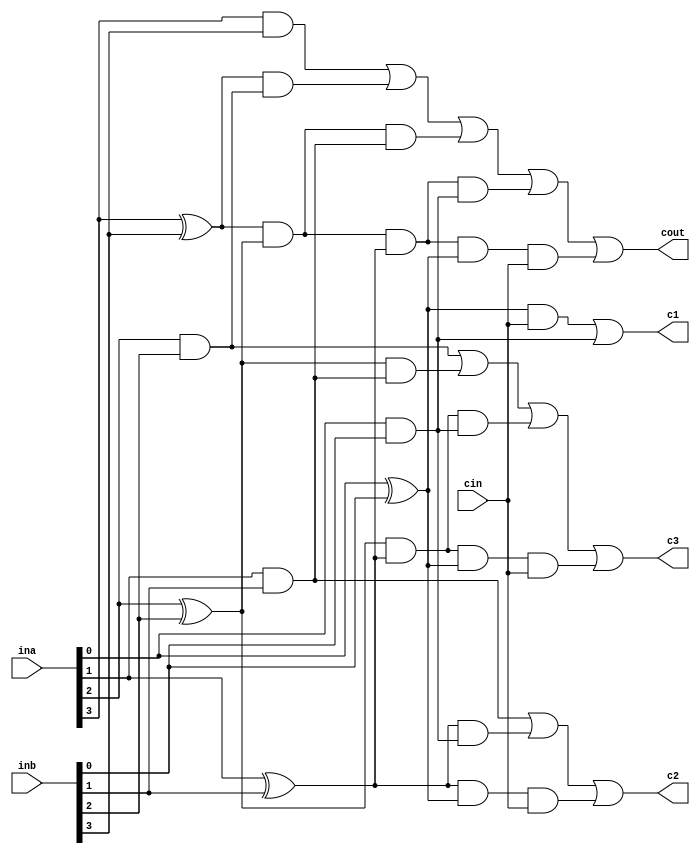
`timescale 1ns/1ns
module CLB_4bit(
	output c1,c2,c3,cout,
	input [3:0] ina,inb,
	input cin
	);

	wire p0,p1,p2;
	wire g0,g1,g2;

	wire c1_t;
	wire [3:0] c2_t;
	wire [7:0] c3_t;
	wire [12:0] c4_t;


	// g0,p0
	and #(7) n1(g0,ina[0],inb[0]);
	xor #(6) n2(p0,ina[0],inb[0]);
	// g1,p1
	and #(7) n3(g1,ina[1],inb[1]);
	xor #(6) n4(p1,ina[1],inb[1]);
	// g2,p2
	and #(7) n5(g2,ina[2],inb[2]);
	xor #(6) n6(p2,ina[2],inb[2]);
	// g3,p3
	and #(7) n7(g3,ina[3],inb[3]);
	xor #(6) n8(p3,ina[3],inb[3]);

	//c1
	and #(7) k1(c1_t,p0,cin);
	or #(7) k2(c1,c1_t,g0);
	
	//c2	
	and #(7) (c2_t[0],p1,p0,cin);
	and #(7) (c2_t[1],p1,g0);
	
	or #(7) (c2,g1,c2_t[1],c2_t[0]);


	//c3
	and #(7) (c3_t[0],p2,p1,p0,cin);
	and #(7) (c3_t[1],p2,p1,g0);
	and #(7) (c3_t[2],p2,g1);

	or #(7) (c3,g2,c3_t[2],c3_t[1],c3_t[0]);

	//cout
	and #(7) (c4_t[0],p3,p2,p1,p0,cin);
	and #(7) (c4_t[1],p3,p2,p1,g0);
	and #(7) (c4_t[2],p3,p2,g1);
	and #(7) (c4_t[3],p3,g2);

	or #(7) (cout,g3,c4_t[3],c4_t[2],c4_t[1],c4_t[0]);


endmodule